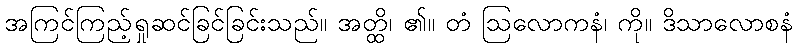
အကြင်ကြည့်ရှုဆင်ခြင်ခြင်းသည်။ အတ္ထိ၊ ၏။ တံ ဩလောကနံ၊ ကို။ ဒိသာလောစနံ